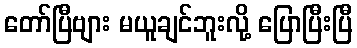
တော်ပြီဗျား မယူချင်ဘူးလို့ ပြောပြီးပြီ